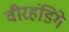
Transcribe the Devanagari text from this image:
वीरहंडिगे